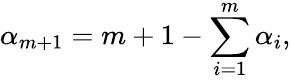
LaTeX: \alpha_{m+1}=m+1-\sum_{i=1}^{m}\alpha_{i},